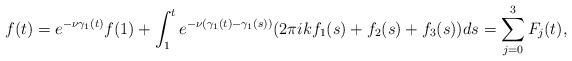
LaTeX: \begin{align*}f(t)=e^{-\nu\gamma_1(t)}f(1)+\int_1^te^{-\nu(\gamma_1(t)-\gamma_1(s))}(2\pi ik {f}_{1}(s)+{f}_{2}(s)+{f}_{3}(s))ds=\sum_{j=0}^3F_j(t),\end{align*}